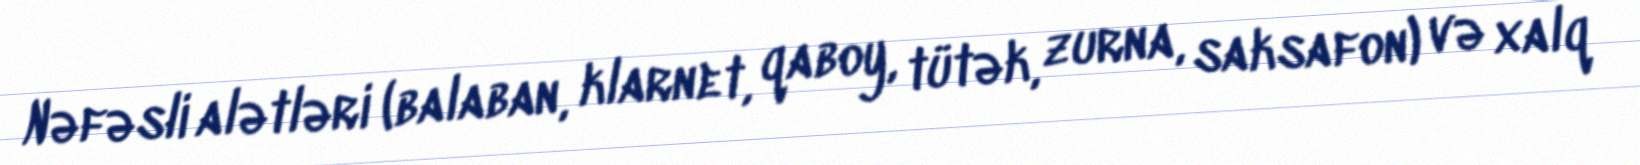
Nəfəsli alətləri (balaban, klarnet, qaboy, tütək, zurna, saksafon) və xalq